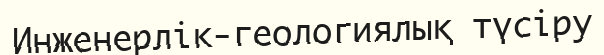
Инженерлік-геологиялық түсіру